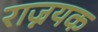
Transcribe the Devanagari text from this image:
राज्नयक